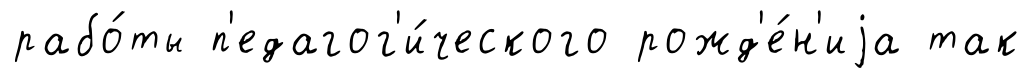
рабо́ты п'едагог'и́ческого рожд'е́н'иjа так